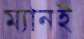
ম্যানই